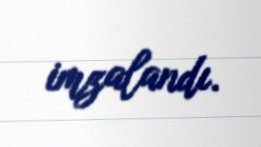
imzalandı.